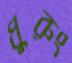
ধুরুং